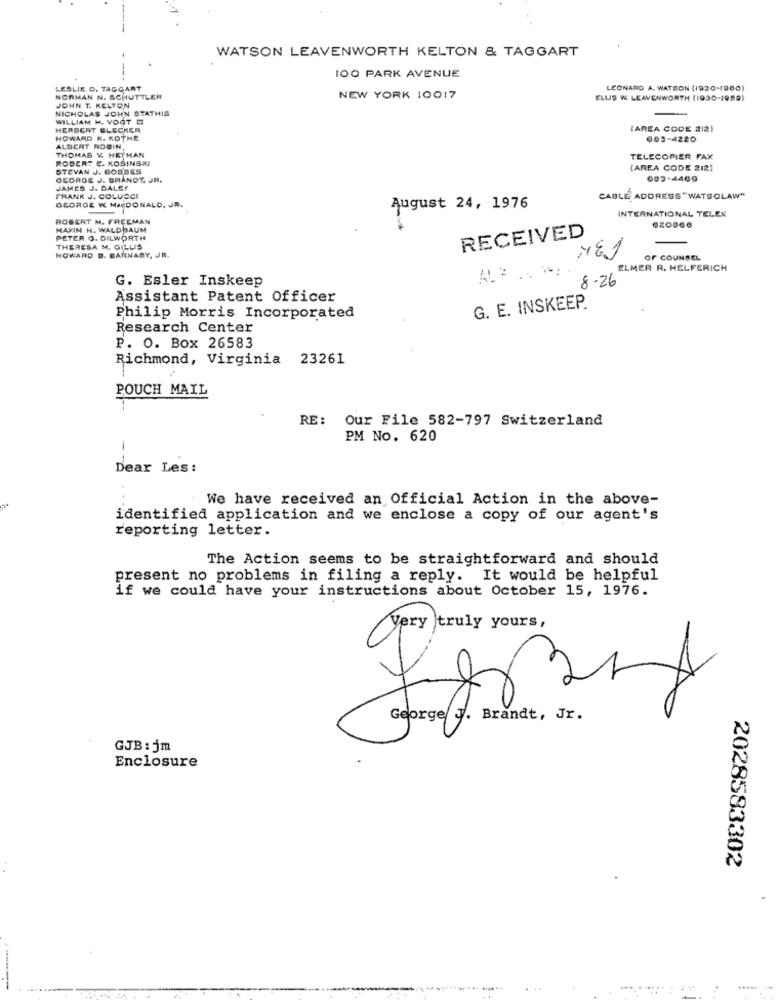
WATSON LEAVENWORTH KELTON & TAGGART
100 PARK AVENUE
LESLIE D. TAGGART
LEONARD A. WATSON (1920-1960)
NORMAN N. SCHUTTLER
NEW YORK 10017
ELLIS W LEAVENWORTH (1930-1959)
NICHOLAS JOHN STATHIS
JOHN T. KELTON
WILLIAM H. VOOT
HERBERT BLECKER
(AREA CODE 212)
HOWARD K. KOTHE
003-4220
ALBERT ROBIN,
THOMAS V. HEYMAN
ROBERT E. KOSINSKI
TELECOPIER FAX
STEVAN J. BOSSES
(AREA CODE 212)
OCOROE J. BRANDT, JR.
683-4469
JAMES J. DALET
FRANK J. COLUCCI
CABLE ADDRESS "WATSOLAW"
GEORGE W. MACDONALD, JR.
August 24, 1976
INTERNATIONAL TELEX
ROBERT M. FREEMAN
MAXIM H. WALDBAUM
PETER G. DILWORTH
RECEIVED
THERESA M. GILLIS
HOWARD D. BARNABY, JR.
OF COUNSEL
ELMER R. HELFERICH
8.26
G. Esler Inskeep
Assistant Patent Officer
G. E. INSKEEP.
Philip Morris Incorporated
Research Center
P. O. Box 26583
Richmond, Virginia 23261
POUCH MAIL
RE: Our File 582-797 Switzerland
PM No. 620
Dear Les :
We have received an Official Action in the above-
.
identified application and we enclose a copy of our agent's
reporting letter.
The Action seems to be straightforward and should
present no problems in filing a reply. It would be helpful
if we could have your instructions about October 15, 1976.
Very truly yours,
George J. Brandt, Jr.
GJB: jm
Enclosure
2028583302